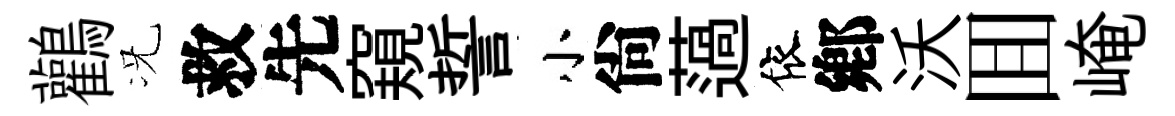
鸛况救先窺誓小尙薖依鄕沃囬崦